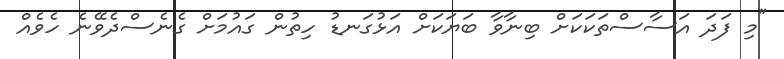
"މި ފަދަ އަސާސްތަކަކަށް ބިނާވާ ބަޔަކަށް އަޅުގަނޑު ހިތުން ގައުމަށް ގެނެސްދެވޭނެ ހެވެއް